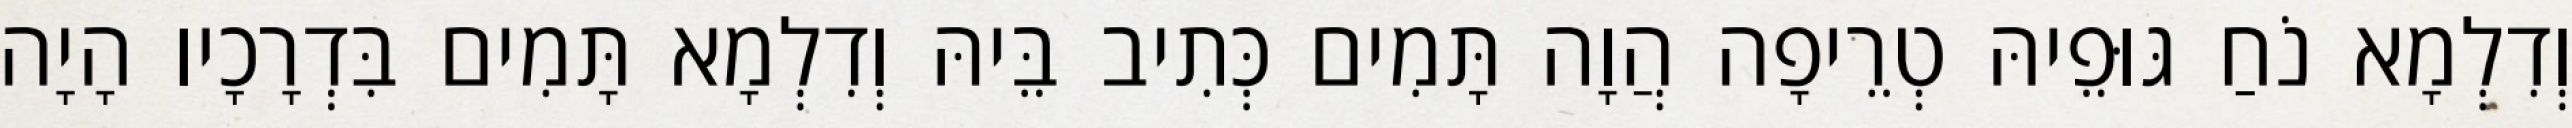
וְדִלְמָא נֹחַ גּוּפֵיהּ טְרֵיפָה הֲוָה תָּמִים כְּתִיב בֵּיהּ וְדִלְמָא תָּמִים בִּדְרָכָיו הָיָה